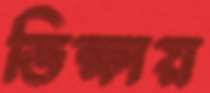
ভিক্ষায়